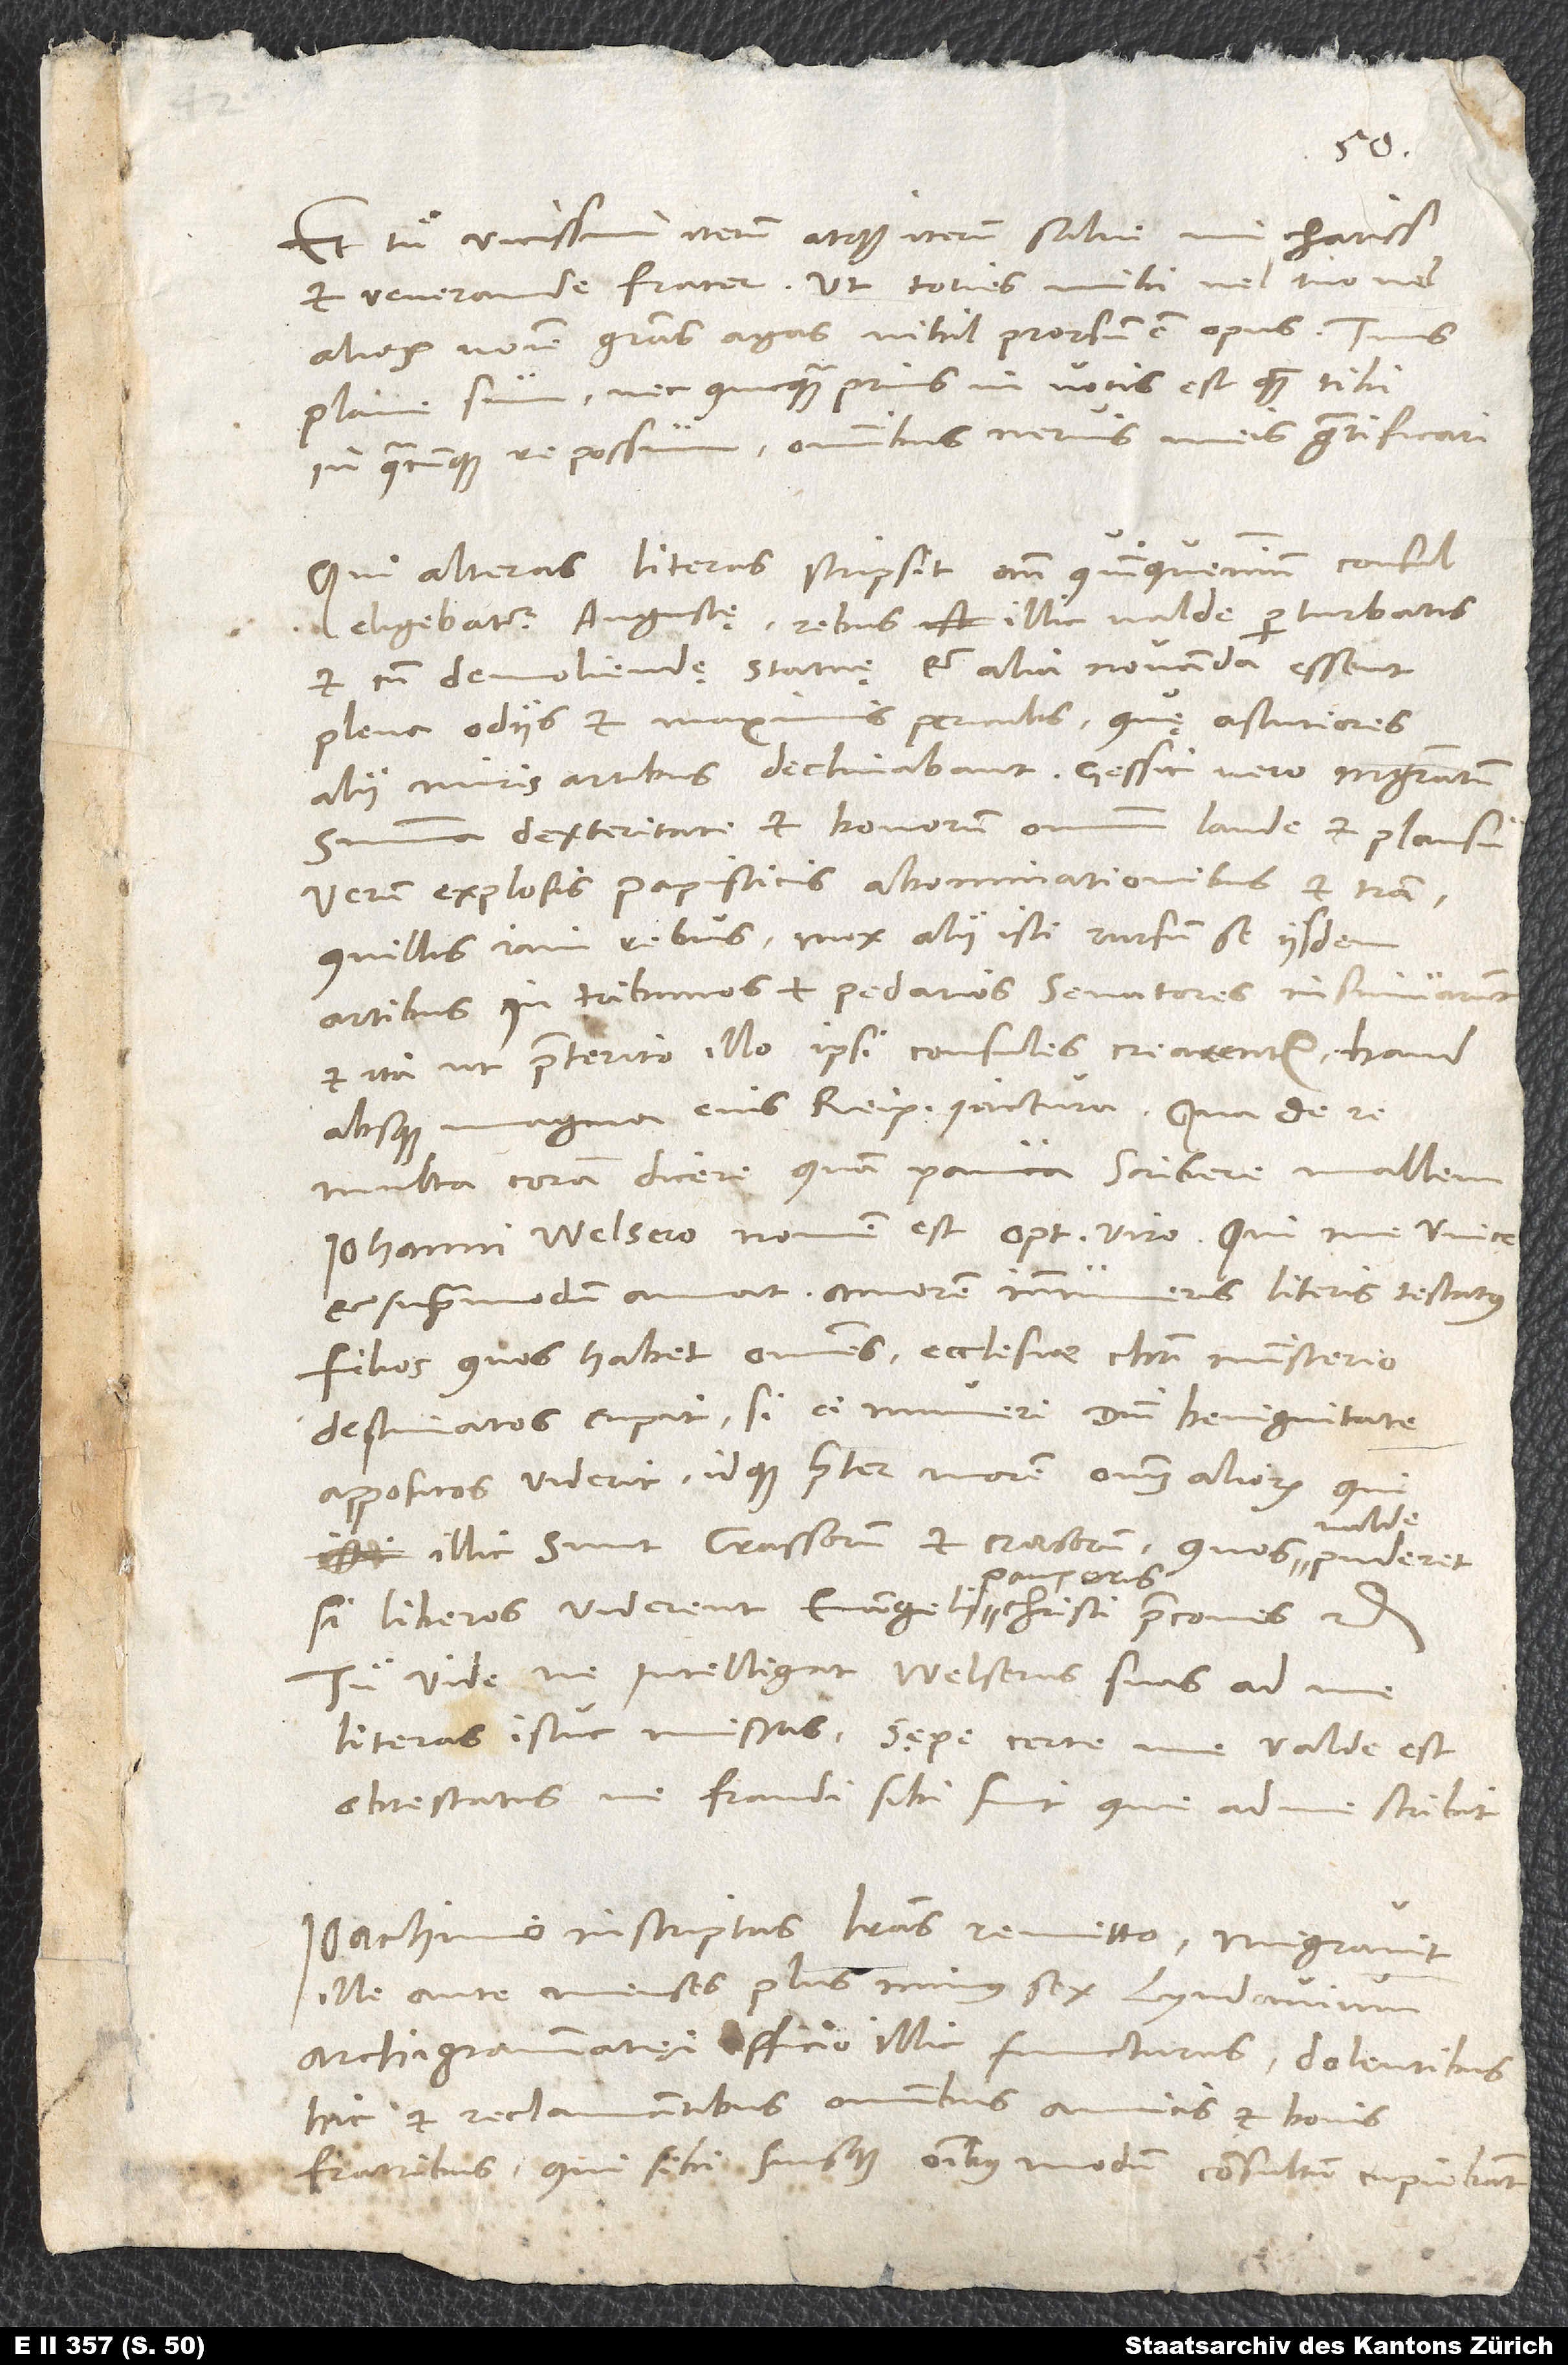
Et tu vicissim iterum atque iterum salve, mi charissime
et venerande frater. Ut toties mihi vel tuo vel
aliorum nomine gratias agas, nihil prorsum est opus; tuus
plane sum, nec quicquam prius in votis est quam tibi,
in quacunque re possum, omnibus nervis meis gratificari.
Qui alteras literas scripsit, ante quinquennium consul
eligebatur Augustę rebus illic valde perturbatis
et cum desolvendę statuę et alia novanda essent
plena odiis et maximis periculis, quę astutiores
alii miris artibus declinabant; gessit vero magistratum
summa dexteritate et bonorum omnium laude et plausu.
Verum explosis papisticis abominationibus et tranquillis
iam rebus mox alii isti rursum se iisdem
artibus in tribunos et pedarios senatores insinuarunt
et ita, ut praeterito illo ipsi consules crearentur haud
absque magna eius reipublicae iactura, qua de re
multa coram dicere quam pauca scribere mallem.
Iohanni Welsero, nomen est optimo viro, qui me unice
et supra modum amat amorem innumeris literis testatus.
Filios, quos habet, omnes ecclesiae Christi ministerio
destinatos cupit, si ei muneri domini benignitate
appositos viderit, idque praeter morem omnium aliorum, qui
valde
illic sunt, crassorum et erasorum, quos valde puderet,
si liberos viderent evangelii pauperis Christi praecones etc.
Tu vide, ne intelligat Welserus suas ad me
literas istuc missas; sępe certe me valde est
obtestatus, ne fraudi sibi sint, que ad me scribit.
Ioachimo inscriptas literas remitto; migravit
ille ante menses plus minus sex Lyndavium
archigrammatęi officio illic functurus dolentibus
hic et reclamantibus omnibus amicis et bonis
fratribus, qui sibi suisque omnibus modis consultum cupiebant.